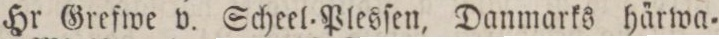
Hr Grefwe v. Scheel=Plesſen, Danmarks härwa=